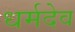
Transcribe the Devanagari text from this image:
धर्मदेव